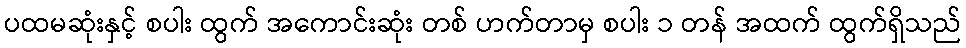
ပထမဆုံးနှင့် စပါး ထွက် အကောင်းဆုံး တစ် ဟက်တာမှ စပါး ၁ တန် အထက် ထွက်ရှိသည်